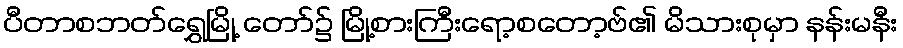
ပီတာစဘတ်ရွှေမြို့ တော်၌ မြို့စားကြီးရော့စတော့ဗ်၏ မိသားစုမှာ နန်းမနီး